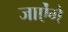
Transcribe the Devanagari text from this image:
जाऐंगे